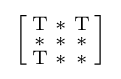
{\Bigl [}{\begin{smallmatrix}\mathrm {T} &\mathrm {*} &\mathrm {T} \\\mathrm {*} &\mathrm {*} &\mathrm {*} \\\mathrm {T} &\mathrm {*} &\mathrm {*} \end{smallmatrix}}{\Bigr ]}